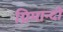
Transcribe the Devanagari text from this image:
ग्रिमान्दी